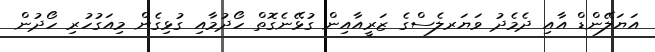
އަޔަލޭންޑް އާއި ދެމެދު ވަޔަރލެސްގެ ޒަރީއާއިން ގުޅޭނެގޮތް ހޯދުމާއި ގުޅިގެން މިއަގުހުރި ހޯދުން